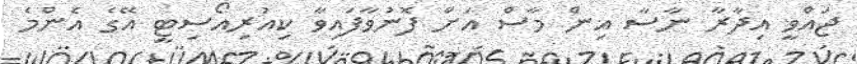
ޖައްވީ އިދާރާ ނާސާ އިން މާސް އަށް ފޮނުވާފައިވާ ކިއުރިއޯސިޓީ އޭގެ އެންމެ